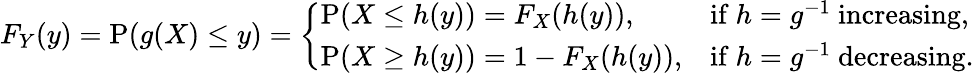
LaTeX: F_{Y}(y)=\operatorname{P}(g(X)\leq y)={\left\{ \begin{array}{ll}{\operatorname{P}(X\leq h(y))=F_{X}(h(y)),}&{{\mathrm{if~}}h=g^{-1}{\mathrm{~increasing}},}\\ {\operatorname{P}(X\geq h(y))=1-F_{X}(h(y)),}&{{\mathrm{if~}}h=g^{-1}{\mathrm{~decreasing}}.}\end{array}\right.}